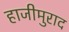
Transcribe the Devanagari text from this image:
हाजीमुराद